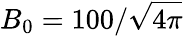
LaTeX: B_{0}=100/\sqrt{4\pi}